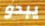
يبدو